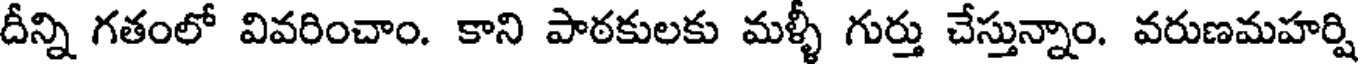
దీన్ని గతంలో వివరించాం. కాని పాఠకులకు మళ్ళీ గుర్తు చేస్తున్నాం. వరుణమహర్షి